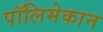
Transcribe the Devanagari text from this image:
पॉलिमेकान